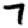
Digit: 7